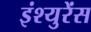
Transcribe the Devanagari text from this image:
इंश्युरेंस